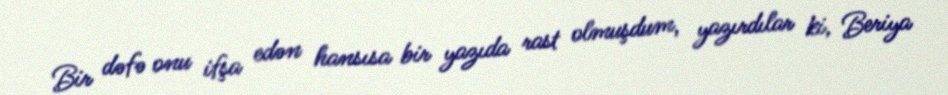
Bir dəfə onu ifşa edən hansısa bir yazıda rast olmuşdum, yazırdılar ki, Beriya